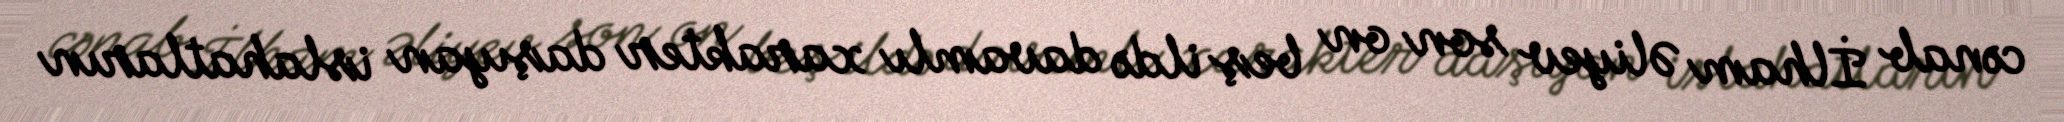
cənab İlham Əliyev son on beş ildə davamlı xarakter daşıyan islahatların